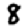
Digit: 8